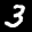
Label: 3